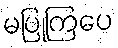
မပြုကြပေ